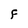
Character: F